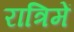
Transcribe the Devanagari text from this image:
रात्रिमें